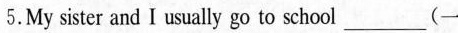
5. My sister and I usually go to school ___(一